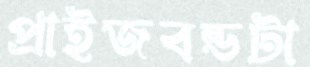
প্রাইজবন্ডটা